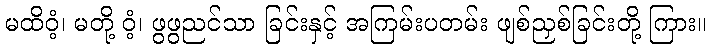
မထိဝံ့၊ မတို့ ဝံ့၊ ဖွဖွညင်သာ ခြင်းနှင့် အကြမ်းပတမ်း ဖျစ်ညှစ်ခြင်းတို့ ကြား။